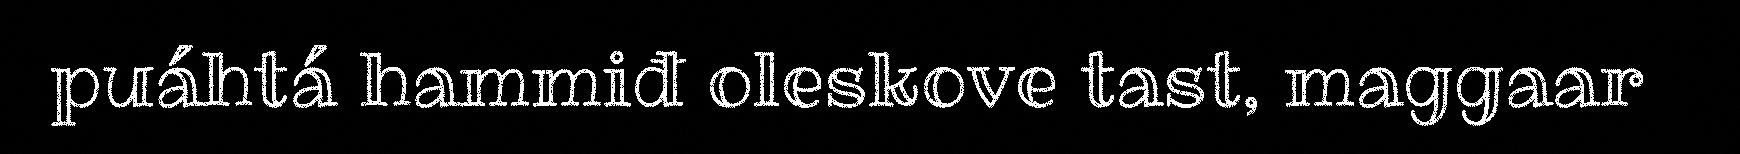
puáhtá hammiđ oleskove tast, maggaar